Leprosy in India: report of the Leprosy Commission in India, 1890-91
Year: 1890
Disease focus: Leprosy
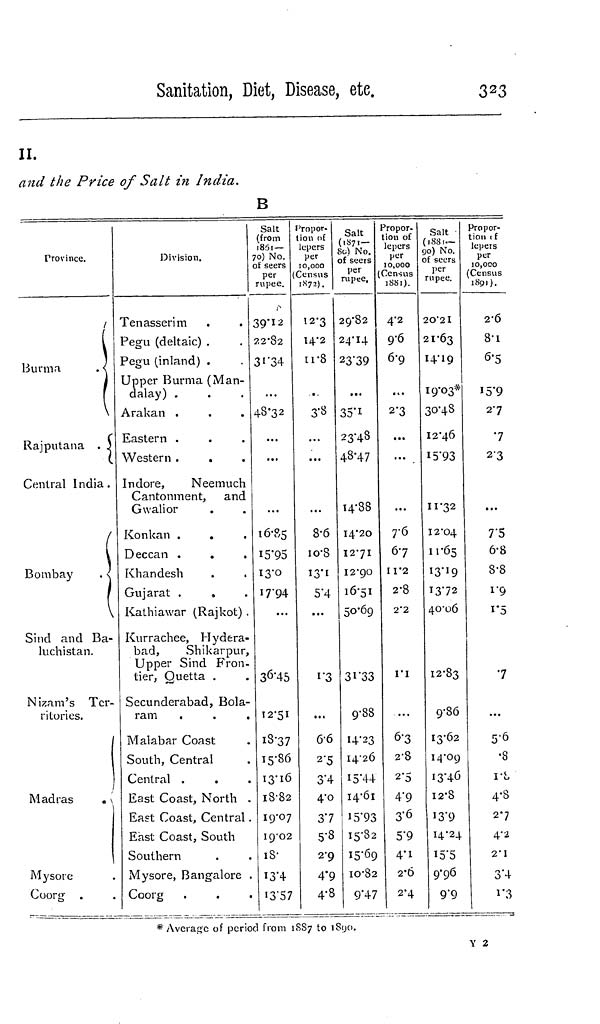
Sanitation, Diet, Disease, ete.
323
11.
and the Price of Salt in India.
B
Province.
/
Burma
\
Raj putaña . J
Central India.
(
Bombay
. <
\
Sind and Ba-
luchistan.
Nizam's Ter-
ritories.
Madras
. [
Mysore
Coorg .
Division.
Tenasserim
Pegu (deltaic) .
Pegu (inland) .
Upper Burma (Man-
dalay) .
Arakan .
Eastern .
Western .
.
Indore,
Neemuch
Cantonment, and
Gwalior
Konkan .
Deccan .
.
Khandesh
Gujarat ,
0
Kathiawar (Rajkot) .
Kurrachee, Hydera-
bad,
Shikarpur,
Upper Sind Fron-
tier, Quetta .
Secunderabad, Bola-
ram
Malabar Coast
South, Central
Central .
East Coast, North .
East Coast, Central.
East Coast, South
Southern
Mysore, Bangalore .
Coorg
Salt
(from
1851 —
70) No.
ot seers
per
rupee.
39*12
22-82
3i"34
48-32
...
16-85
i5'9S
13-0
I7-94
...
36-45
12-51
18-37
15-86
13-16
18-82
19-07
ig'O2
18-
I3-4
'3"57
t'ropor-
lion of
lepers
per
10,000
Census
1N72).
12*3
14-2
11-8
9
...
8-6
io-S
13-1
5'4
...
1'3
• • «
6-6
2'5
3"4
4-0
37
5-8
2-9
4"9
4-8
Salt
(1S71-
So) NO.
of seers
per
rupee.
29-82
24-14
23'39
...
35"i
23-48
48-47
T
"
/
I4-88
I4-2O
I2-7I
I2-9O
16-5I
50-69
31-33
g-88
14-23
14-26
I5-44
14-61
iS'93
15-82
15-69
10-82
9"47
Propor-
tion of
lepers
per
10,000
Census
18S1).
4'2
9-6
6-9
at*
2*3
...
7-6
6-7
I 1*2
2-8
2-2
I'l
...
6-3
2-8
2-5
4-9
3-6
5-9
4'1
2-6
2'4
Salt
(1881—
go) No.
of seers
per
rupee.
2O'2I
21-63
I4-19
19-03*
30-48
I2"46
15-93
11-32
12-04
11-65
I3-19
13-72
40-06
12-83
9-86
13-62
14-09
13-46
12-8
13-9
14-24
15-5
9-96
9'9
Propor-
tion ( f
lepers
per
10,000
(Census
1891).
2-6
8-1
6-5
I5'9
27
•7
23
7"5
6-8
8-8
i'9
i"5
7
...
5-6
•8
rl
4-8
2-7
4-2
2-1
3'4
i'3
* Average of period from 1SS7 to iSyo.
Y 2